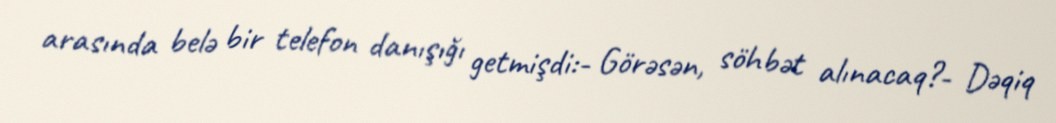
arasında belə bir telefon danışığı getmişdi:- Görəsən, söhbət alınacaq?- Dəqiq